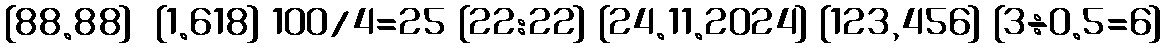
[88.88]  {1.618} 100/4=25 [22:22] {24.11.2024} [123,456] {3÷0.5=6}